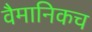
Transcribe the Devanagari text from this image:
वैमानिकच